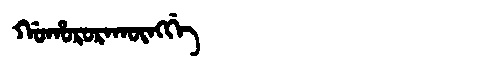
Manchu: ᡤᠣᡥᠣᡵᠣᡵᠠᡴᡡᠩᡤᡝ
Romanization: GOHORORAKŪNGGE